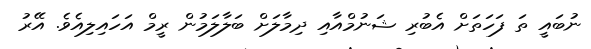
ނުބައީ ތަ ފަހަތަށް އެބުރި ޝަނުމްއާއި ދިމާލަށް ބަލާލަމުން ރީމް އަހައިލިއެވެ. އޭރު